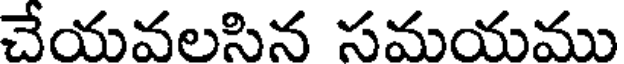
చేయవలసిన సమయము